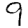
Digit: 9